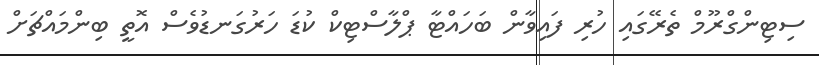
ސިޓިންގްރޫމް ތެރޭގައި ހުރި ފައިވާން ބަހައްޓާ ޕްލާސްޓިކް ކުޑަ ހަރުގަނޑުވެސް އޮތީ ބިންމައްޗަށް